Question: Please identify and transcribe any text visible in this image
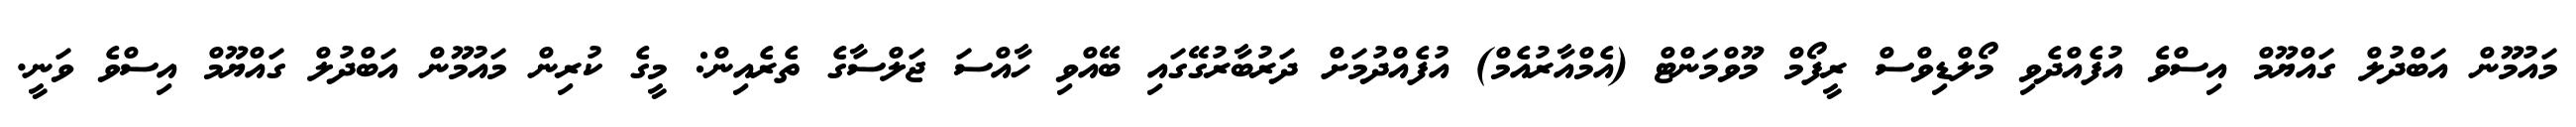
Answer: މައުމޫން އަބްދުލް ގައްޔޫމް އިސްވެ އުފެއްދެވި މޯލްޑިވްސް ރީފޯމް މޫވްމަންޓް (އެމްއާރުއެމް) އުފެއްދުމަށް ދަރުބާރުގޭގައި ބޭއްވި ހާއްސަ ޖަލްސާގެ ތެރެއިން: މީގެ ކުރިން މައުމޫން އަބްދުލް ގައްޔޫމް އިސްވެ ވަނީ.